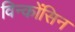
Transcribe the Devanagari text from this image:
विन्कोंसिन